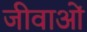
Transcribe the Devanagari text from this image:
जीवाओं